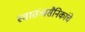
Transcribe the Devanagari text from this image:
स्वातंत्र्यसैनिकांचे